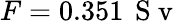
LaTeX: F=0.351\, \mathrm{~S~v~}